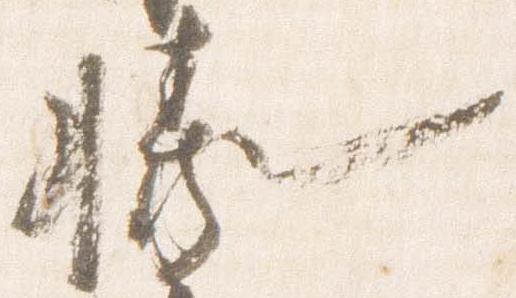
勝